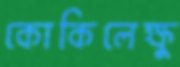
কোকিলেক্ষু